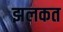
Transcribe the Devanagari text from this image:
झलकत